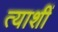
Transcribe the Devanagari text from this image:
त्याशीं